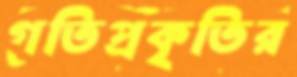
গতিপ্রকৃতির